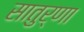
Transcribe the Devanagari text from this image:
सातुर्णा